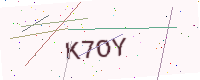
Text: K7OY